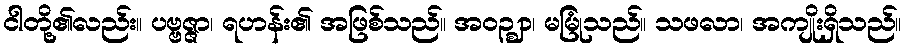
ငါတို့၏လည်း။ ပဗ္ဗဇ္ဇာ၊ ရဟန်း၏ အဖြစ်သည်။ အဝဉ္ဈာ၊ မမြုံသည်။ သဖလာ၊ အကျိုးရှိသည်။